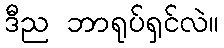
ဒီည ဘာရုပ်ရှင်လဲ။